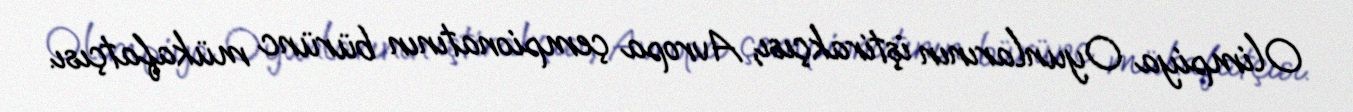
Olimpiya Oyunlarının iştirakçısı, Avropa çempionatının bürünc mükafatçısı.